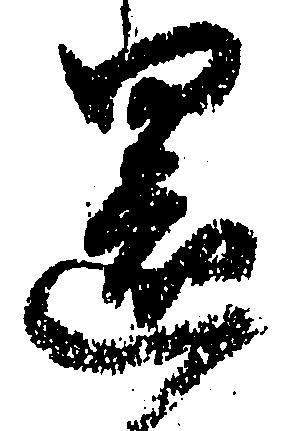
還